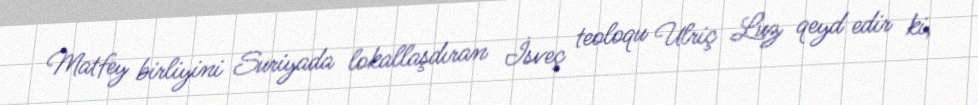
Matfey birliyini Suriyada lokallaşdıran İsveç teoloqu Ulriç Luz qeyd edir ki,